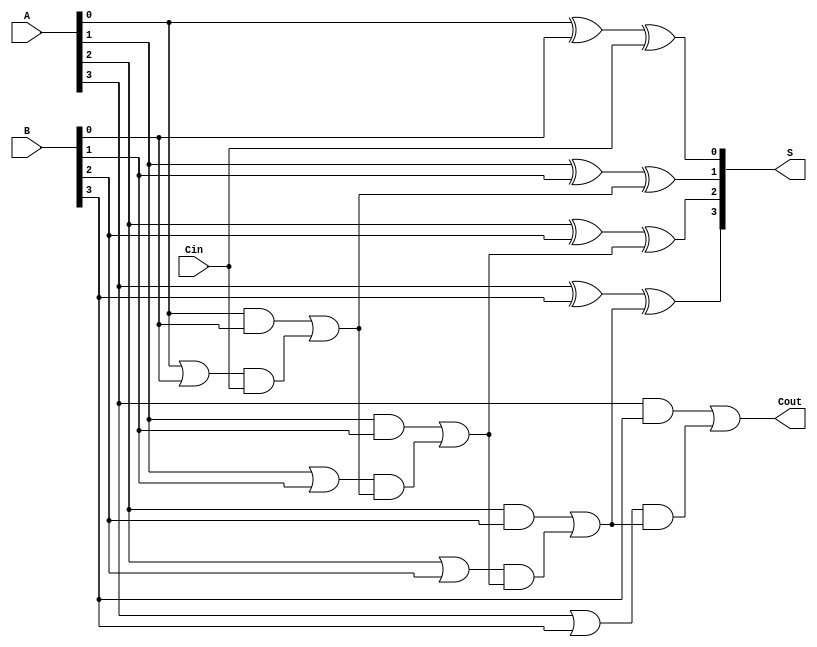
module CLA_4bit (
    input  wire [3:0] A,    // 4-bit input A
    input  wire [3:0] B,    // 4-bit input B
    input  wire Cin,         // Carry input
    output wire [3:0] S,     // 4-bit sum output
    output wire Cout         // Carry output
);

    // Generate (G) and Propagate (P) signals
    wire [3:0] G; // Generate signals
    wire [3:0] P; // Propagate signals
    wire C1, C2, C3; // Intermediate carry signals

    // Generate and Propagate calculations
    assign G[0] = A[0] & B[0];
    assign P[0] = A[0] | B[0];

    assign G[1] = A[1] & B[1];
    assign P[1] = A[1] | B[1];

    assign G[2] = A[2] & B[2];
    assign P[2] = A[2] | B[2];

    assign G[3] = A[3] & B[3];
    assign P[3] = A[3] | B[3];

    // Carry calculations
    assign C1 = G[0] | (P[0] & Cin);
    assign C2 = G[1] | (P[1] & C1);
    assign C3 = G[2] | (P[2] & C2);
    assign Cout = G[3] | (P[3] & C3);

    // Sum calculations
    assign S[0] = A[0] ^ B[0] ^ Cin;
    assign S[1] = A[1] ^ B[1] ^ C1;
    assign S[2] = A[2] ^ B[2] ^ C2;
    assign S[3] = A[3] ^ B[3] ^ C3;

endmodule